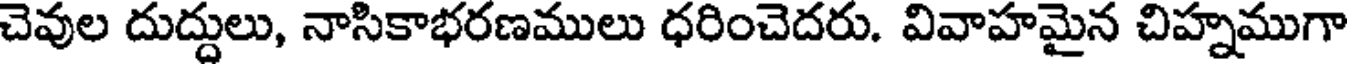
చెవుల దుద్దులు, నాసికాభరణములు ధరించెదరు. వివాహమైన చిహ్నముగా